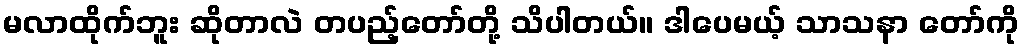
မလာထိုက်ဘူး ဆိုတာလဲ တပည့်တော်တို့ သိပါတယ်။ ဒါပေမယ့် သာသနာ တော်ကို